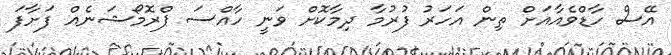
އޭސް ހާޑްވެއާއަށް ތިން އަހަރު ފުރުމާ ދިމާކޮށް ވަނީ ހާއްސަ ޕްރޮމޯޝަނެއް ފަށާފަ